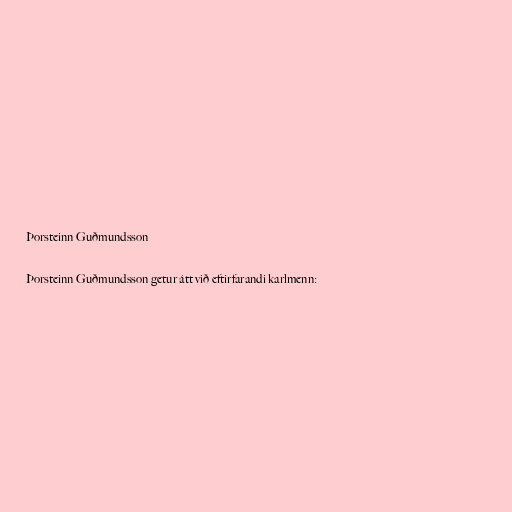
Þorsteinn Guðmundsson

Þorsteinn Guðmundsson getur átt við eftirfarandi karlmenn: